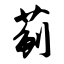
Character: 蓟